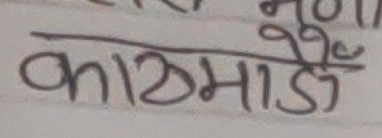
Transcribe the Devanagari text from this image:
काठमाडौं